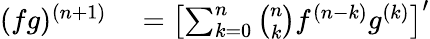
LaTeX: \begin{array}{rl}{(fg)^{(n+1)}}&{{}=\left[\sum_{k=0}^{n}{\binom{n}{k}}f^{(n-k)}g^{(k)}\right]^{\prime}}\end{array}